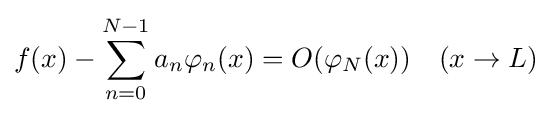
f(x)-\sum _{n=0}^{N-1}a_{n}\varphi _{n}(x)=O(\varphi _{N}(x))\quad (x\to L)